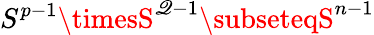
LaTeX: S^{p-1}\timesS^{\mathscr{Q}-1}\subseteqS^{n-1}